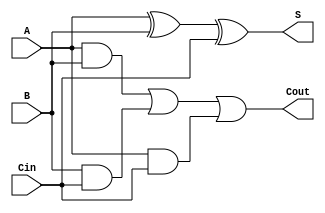
module full_adder_1bit(A, B, Cin, S, Cout);

input A, B, Cin;
output S, Cout;

assign S = A ^ B ^ Cin;
assign Cout = (A & B) | (B & Cin) | (A & Cin);

endmodule


//----------------------------------------------------------------------------------------------------------------
module addsub_4bit ( A, B, sub, sum, ovfl);
input [3:0] A, B; //Input values
input sub; // add-sub indicatoroutput

wire [3:0] B2; 
wire [3:0]cin;
wire cout;
output [3:0] sum; //sum output
output ovfl; //To indicate overflow

assign B2[0] = sub ^ B[0]; // addition: B XOR 0 = B	substraction B XOR 1 = ~B
assign B2[1] = sub ^ B[1];
assign B2[2] = sub ^ B[2];
assign B2[3] = sub ^ B[3];
assign cin[0] = sub; //1 if substraction



full_adder_1bit FA1 (A[0], B2[0], cin[0], sum[0], cin[1] ); //Example of using the one bit full adder (which you must also design)
full_adder_1bit FA2 (A[1], B2[1], cin[1], sum[1], cin[2]);
full_adder_1bit FA3 (A[2], B2[2], cin[2], sum[2], cin[3]);
full_adder_1bit FA4 (A[3], B2[3], cin[3], sum[3], cout);

// sol1:There has been overflow in the addition of two n-bit two's complement
// numbers when the sign of the two operands are the same and the sign
// of the sum is different.
// sol2: The OVERFLOW flag is the XOR of the carry coming into the sign bit
// (if any) with the carry going out of the sign bit (if any)
/*assign ovfl =  A[3] ^ B[3] ? 1'b0 : 
		 A[3] & B[3] ? ~sum[3] : sum[3];*/
assign ovfl = A[3]!= B2[3]? 0: 
		A[3] == sum[3] ? 0 : 1;

endmodule